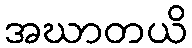
အဃာတယိ